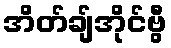
အိတ်ချ်အိုင်ဗွီ